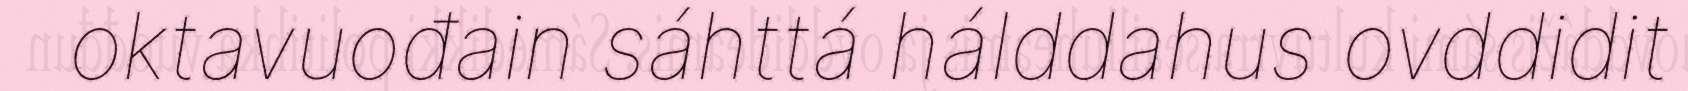
oktavuođain sáhttá hálddahus ovddidit